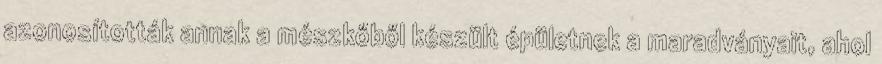
azonosították annak a mészkőből készült épületnek a maradványait, ahol